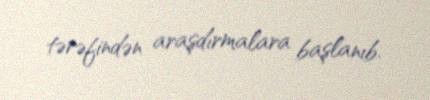
tərəfindən araşdırmalara başlanıb.